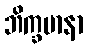
ဘိက္ခမာနာ